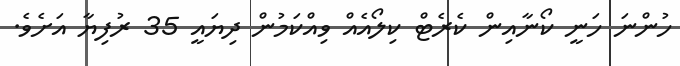
ހުންނަ ހަނީ ކޯނާއިން ކެރެޓް ކިލޯއެއް ވިއްކަމުން ދިޔައީ 35 ރުފިޔާ އަށެވެ.